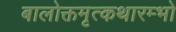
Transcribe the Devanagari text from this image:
बालोक्तमृत्कथारम्भो